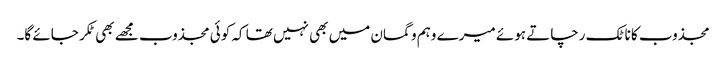
مجذوب کا ناٹک رچاتے ہوئے میرے وہم و گمان میں بھی نہیں تھا کہ کوئی مجذوب مجھے بھی ٹکر جائے گا۔